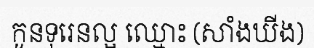
កូនទុរេនល្អ ឈ្មោះ (សាំងឃីង)